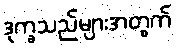
ဒုက္ခသည်များအတွက်